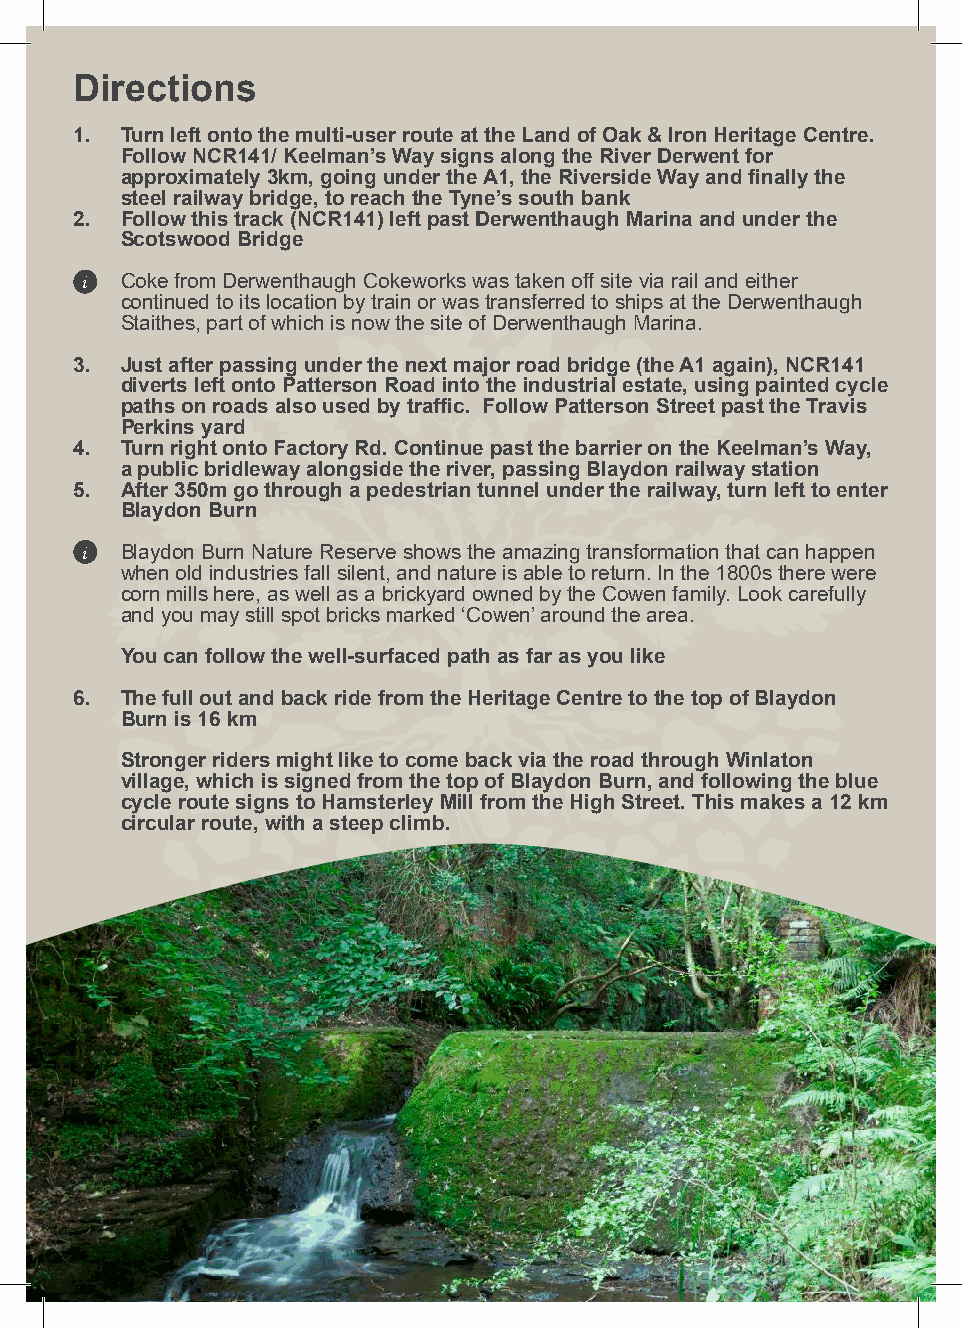
Directions
 1. Turn left onto the multi-user route at the Land of Oak & Iron Heritage Centre.
 Follow NCR141/ Keelman’s Way signs along the River Derwent for
 approximately 3km, going under the A1, the Riverside Way and finally the
 steel railway bridge, to reach the Tyne’s south bank
 2. Follow this track (NCR141) left past Derwenthaugh Marina and under the
 Scotswood Bridge
 i  Coke from Derwenthaugh Cokeworks was taken off site via rail and either
 continued to its location by train or was transferred to ships at the Derwenthaugh
 Staithes, part of which is now the site of Derwenthaugh Marina.
 3. Just after passing under the next major road bridge (the A1 again), NCR141
 diverts left onto Patterson Road into the industrial estate, using painted cycle
 paths on roads also used by traffic. Follow Patterson Street past the Travis
 Perkins yard
 4. Turn right onto Factory Rd. Continue past the barrier on the Keelman’s Way,
 a public bridleway alongside the river, passing Blaydon railway station
 5. After 350m go through a pedestrian tunnel under the railway, turn left to enter
 Blaydon Burn
 i  Blaydon Burn Nature Reserve shows the amazing transformation that can happen
 when old industries fall silent, and nature is able to return. In the 1800s there were
 corn mills here, as well as a brickyard owned by the Cowen family. Look carefully
 and you may still spot bricks marked ‘Cowen’ around the area.
 You can follow the well-surfaced path as far as you like
 6. The full out and back ride from the Heritage Centre to the top of Blaydon
 Burn is 16 km
 Stronger riders might like to come back via the road through Winlaton
 village, which is signed from the top of Blaydon Burn, and following the blue
 cycle route signs to Hamsterley Mill from the High Street. This makes a 12 km
 circular route, with a steep climb.